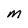
Character: m